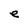
Character: e